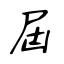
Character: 屆